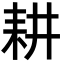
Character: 耕